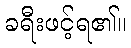
ခရီးဖင့်ရ၏။